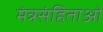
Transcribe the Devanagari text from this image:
मंत्रसंहिताओं